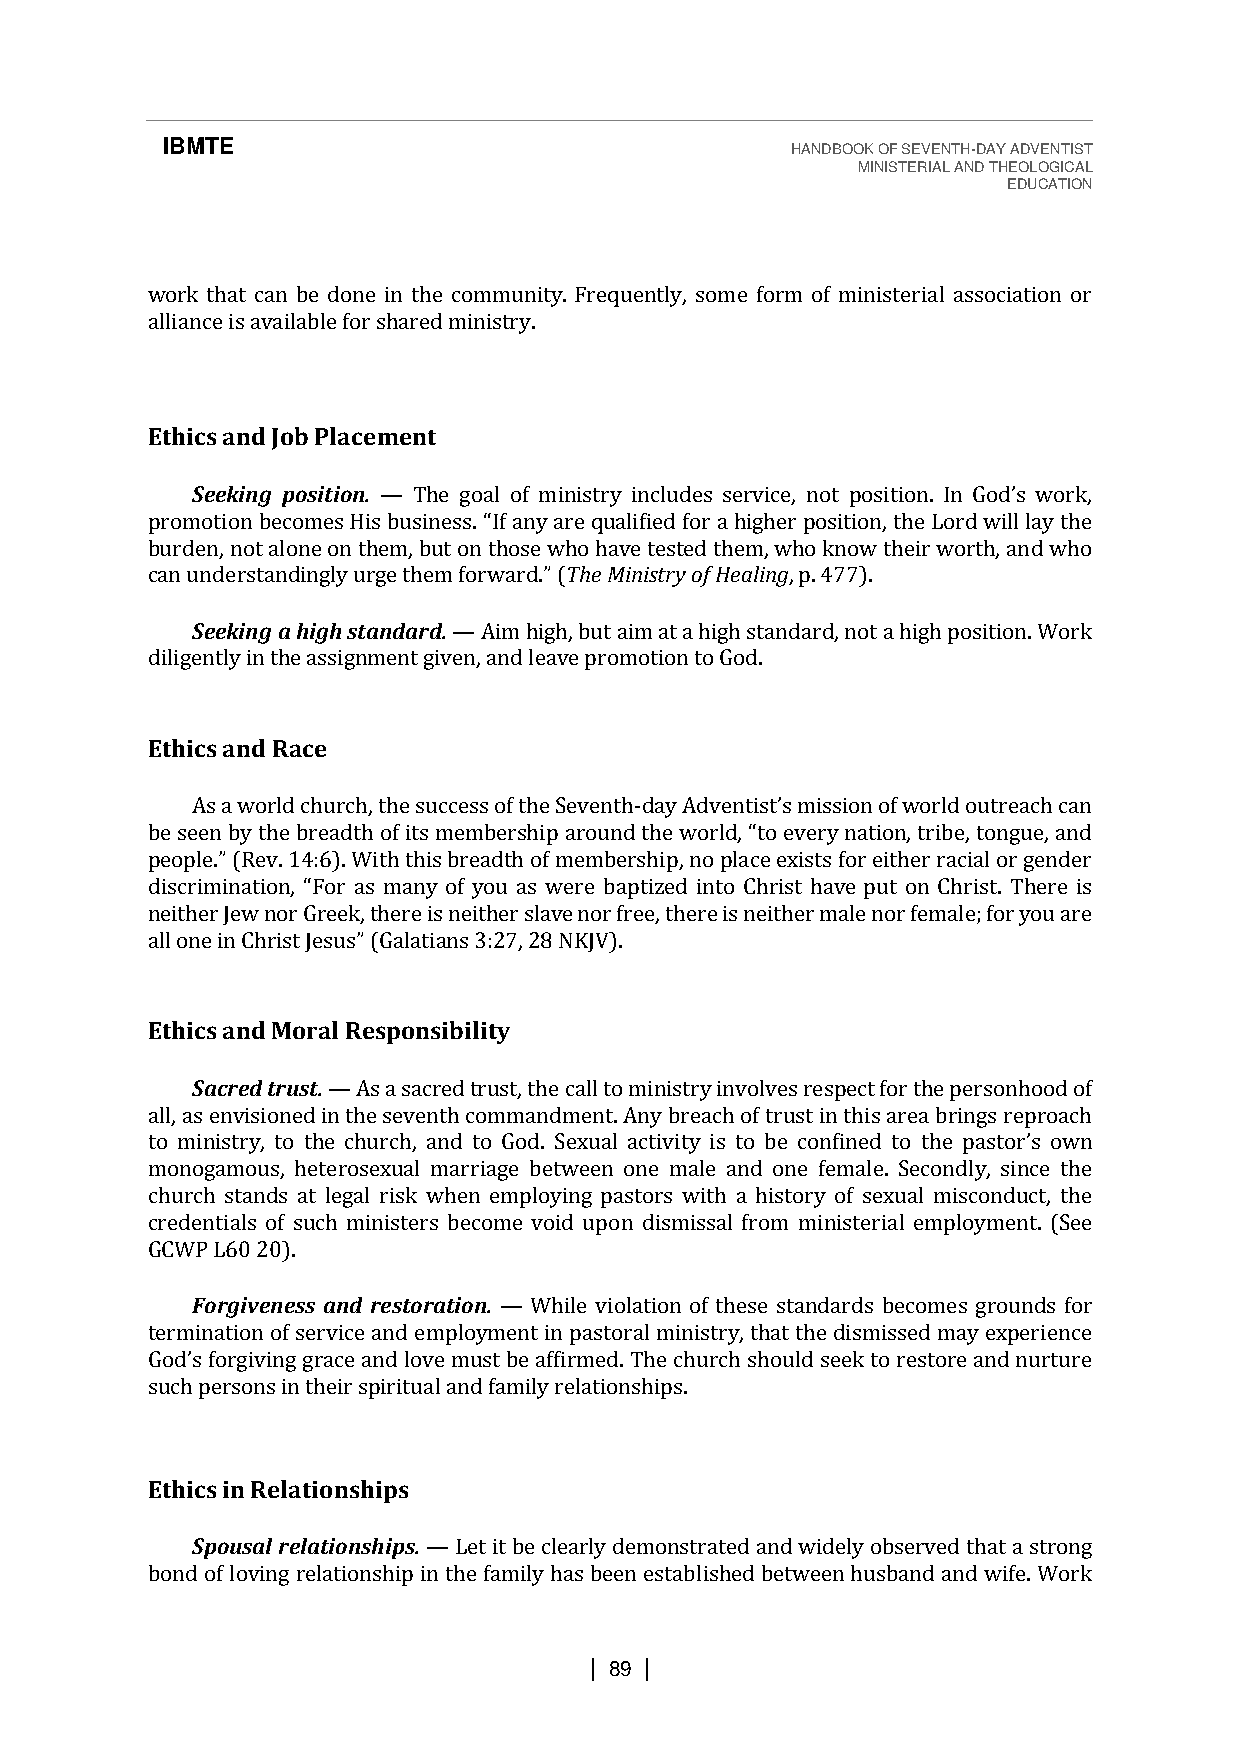
IBMTE                                    HANDBOOK OF SEVENTH-DAY ADVENTIST
 MINISTERIAL AND THEOLOGICAL
 EDUCATION
 work that can be done in the community. Frequently, some form of ministerial association or
 alliance is available for shared ministry.
 Ethics and Job Placement
 Seeking position.
 burden, not alone on the—m,T bhuet ogno atlh oosf em winhios thrayv ein tcelustdeeds thseermvi, cwe,h on oktn opwos itthieoinr. wIno rGtho,d a’sn dw worhko,
 promotion becomes His business. “If any arTeh qe uMailnifiisetdry f oorf Ha ehailgihnegr, pp.o 4s7it7io).n , the Lord will lay the
 can uSnedeekrinstga nad hinigghly s utargned tahredm. fo rAwimar hdi.”g h(, but aim at a high standard, not a high position. Work
 diligently in the assignment given, and leave promotion to God.
 —
 Ethics and Race
 As a world church, the success of the Seventh-
 day Adventist’s missfioorn e oitf hweor rrladc oiault orer agcehn cdaenr
 be seen by the breadth of its membership around the world, “to every nation, tribe, tongue, and
 pneeiotphleer.” J e(Rwe nvo. 1r 4G:r6e)e. kW, tihthe rteh iiss bnreeitahdetrh s olaf vme enmorb efrreseh,i tph, enroe pisla nceei tehxeisr tms ale nor female; for you are
 discrimination, “For as manya onfs y3o:2u7 a, s2 8w NerKeJ Vb)a. ptized into Christ have put on Christ. There is
 all one in Christ Jesus” (Galati
 Ethics and Moral Responsibility
 Sacred trust. As a sacred trust, the call to ministry involves respect for the personhood of
 all, as envisioned in the seventh commandment. Any breach of trust in this area brings reproach
 to ministry, to the— church, and to God. Sexual activity is to be confined to t
 monogamous, heterosexual marriage between one male and one female. Secondly, since the
 church stands at legal risk when employing pastors with a history of sexual hmei spcaosntdoru’cst ,o twhne
 credentials of such ministers become void upon dismissal from ministerial employment. (See
 GCWP L60 20).
 Forgiveness and restoration. While violation of these standards becomes grounds for
 termination of service and employment in pastoral ministry, that the dismissed may experience
 ust— be affirmed. The church should seek to restore and nurture
 such persons in their spiritual and family relationships.
 God’s forgiving grace and love m
 Ethics in Relationships
 Spousal relationships. Let it be clearly demonstrated and widely observed that a strong
 bond of loving relationship in the family has been established between husband and wife. Work
 —
 | 89 |